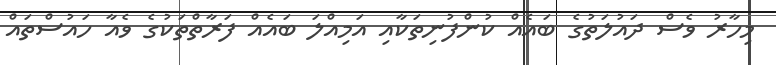
މިހާރު ވެސް ދައުލަތުގެ ބައެއް ކުންފުނިތަކާއި އަމިއްލަ ބައެއް ފަރާތްތަކުގެ ވެއާ ހައުސްތައް